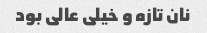
نان تازه و خیلی عالی بود